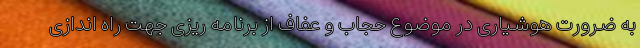
به ضرورت هوشیاری در موضوع حجاب و عفاف از برنامه ریزی جهت راه اندازی